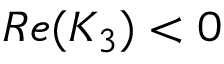
R e ( K _ { 3 } ) < 0